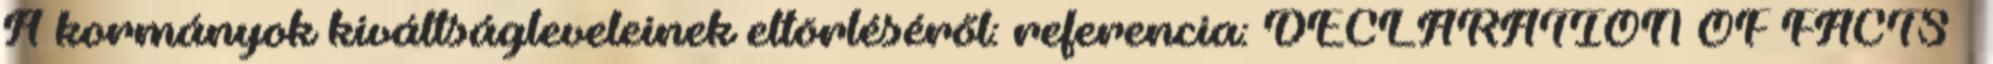
A kormányok kiváltságleveleinek eltörléséről: referencia: DECLARATION OF FACTS –